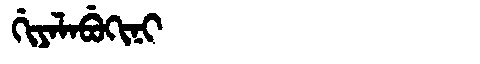
Manchu: ᡤᡳᠶᠠᠯᠠᠪᡠᡴᡳᠨᡳ
Romanization: GIYALABUKINI